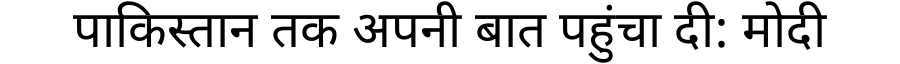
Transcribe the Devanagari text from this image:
पाकिस्तान तक अपनी बात पहुंचा दी: मोदी